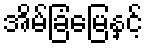
အိမ်ခြံမြေနှင့်